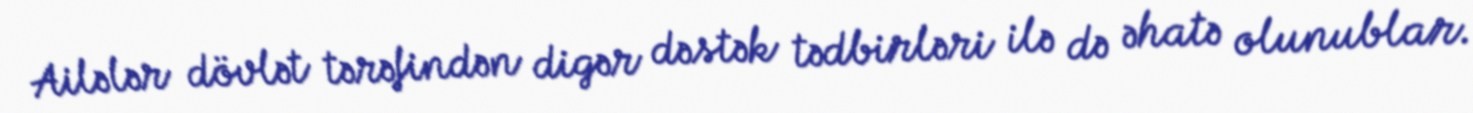
Ailələr dövlət tərəfindən digər dəstək tədbirləri ilə də əhatə olunublar.